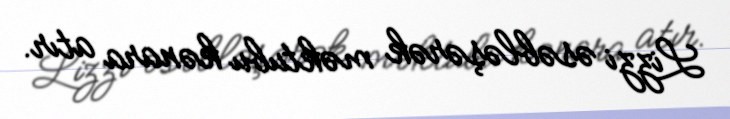
Lizzi əsəbləşərək məktubu kənara atır.